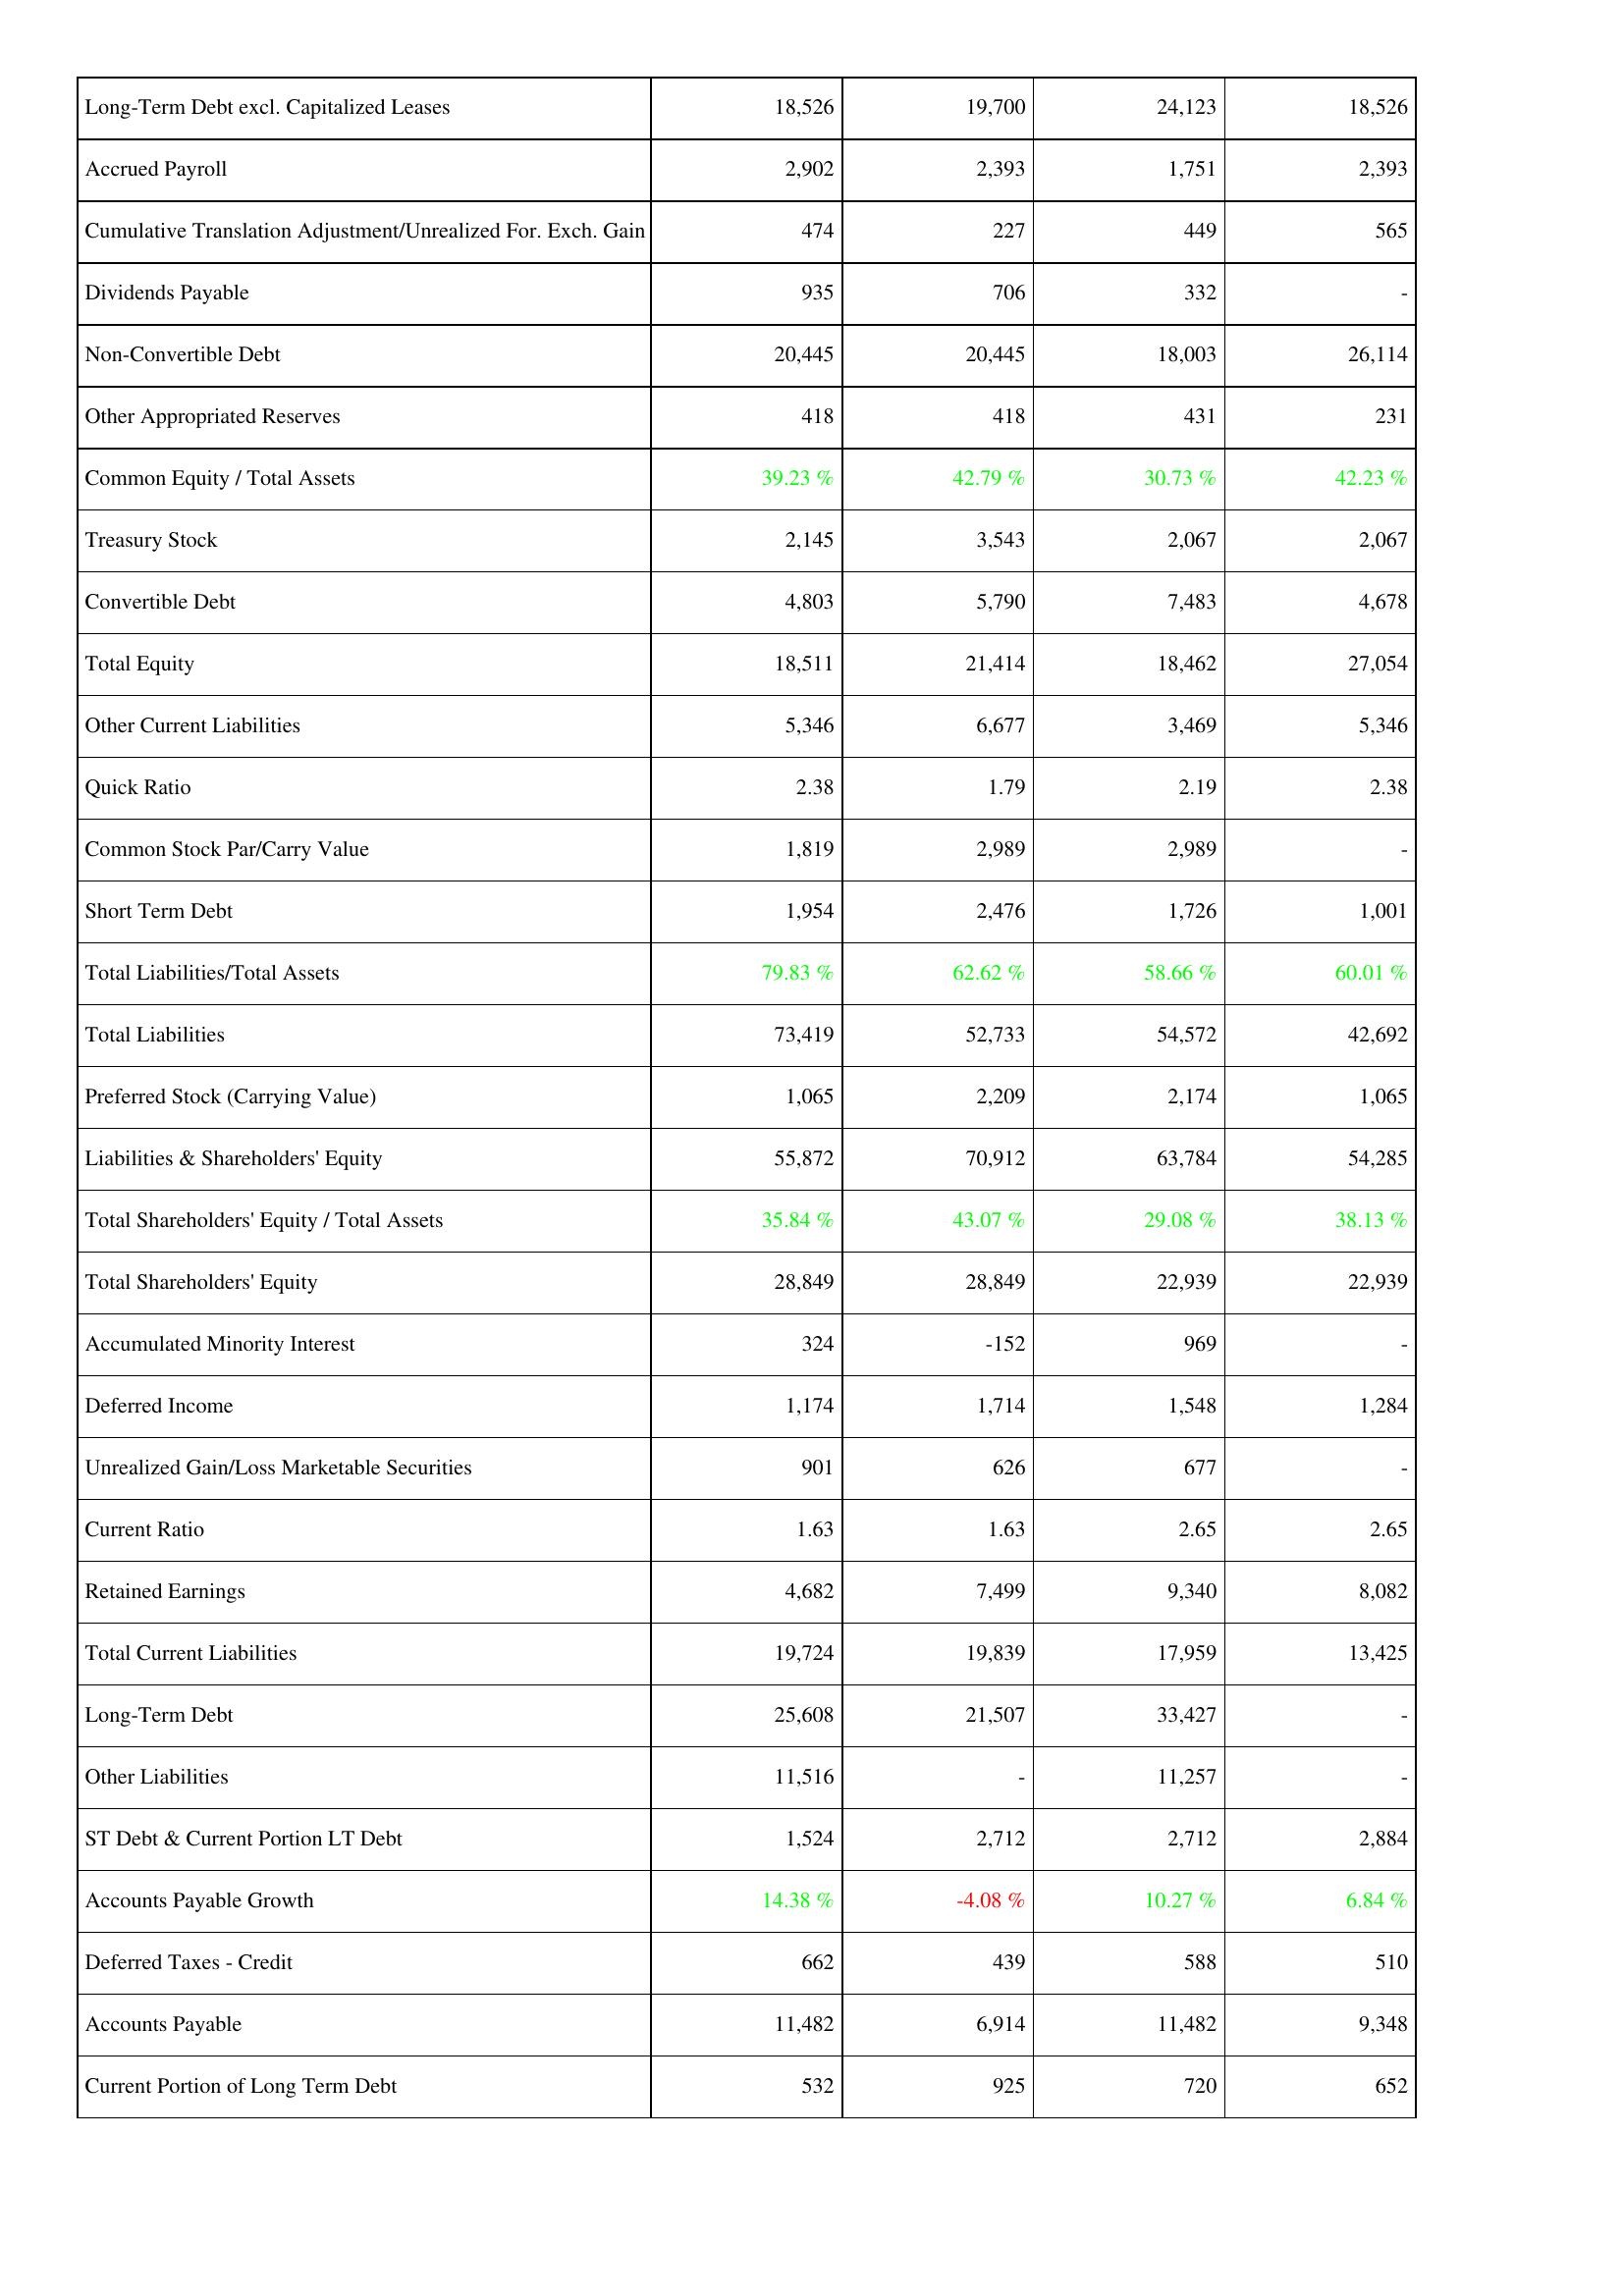
2005: Liabilities & Shareholders' Equity: Long-Term Debt excl. Capitalized Leases: 18,526
Accrued Payroll: 2,902
Cumulative Translation Adjustment/Unrealized For. Exch. Gain: 474
Dividends Payable: 935
Non-Convertible Debt: 20,445
Other Appropriated Reserves: 418
Common Equity / Total Assets: 39.23 %
Treasury Stock: 2,145
Convertible Debt: 4,803
Total Equity: 18,511
Other Current Liabilities: 5,346
Quick Ratio: 2.38
Common Stock Par/Carry Value: 1,819
Short Term Debt: 1,954
Total Liabilities/Total Assets: 79.83 %
Total Liabilities: 73,419
Preferred Stock (Carrying Value): 1,065
Liabilities & Shareholders' Equity: 55,872
Total Shareholders' Equity / Total Assets: 35.84 %
Total Shareholders' Equity: 28,849
Accumulated Minority Interest: 324
Deferred Income: 1,174
Unrealized Gain/Loss Marketable Securities: 901
Current Ratio: 1.63
Retained Earnings: 4,682
Total Current Liabilities: 19,724
Long-Term Debt: 25,608
Other Liabilities: 11,516
ST Debt & Current Portion LT Debt: 1,524
Accounts Payable Growth: 14.38 %
Deferred Taxes - Credit: 662
Accounts Payable: 11,482
Current Portion of Long Term Debt: 532
2006: Liabilities & Shareholders' Equity: Long-Term Debt excl. Capitalized Leases: 19,700
Accrued Payroll: 2,393
Cumulative Translation Adjustment/Unrealized For. Exch. Gain: 227
Dividends Payable: 706
Non-Convertible Debt: 20,445
Other Appropriated Reserves: 418
Common Equity / Total Assets: 42.79 %
Treasury Stock: 3,543
Convertible Debt: 5,790
Total Equity: 21,414
Other Current Liabilities: 6,677
Quick Ratio: 1.79
Common Stock Par/Carry Value: 2,989
Short Term Debt: 2,476
Total Liabilities/Total Assets: 62.62 %
Total Liabilities: 52,733
Preferred Stock (Carrying Value): 2,209
Liabilities & Shareholders' Equity: 70,912
Total Shareholders' Equity / Total Assets: 43.07 %
Total Shareholders' Equity: 28,849
Accumulated Minority Interest: -152
Deferred Income: 1,714
Unrealized Gain/Loss Marketable Securities: 626
Current Ratio: 1.63
Retained Earnings: 7,499
Total Current Liabilities: 19,839
Long-Term Debt: 21,507
Other Liabilities: -
ST Debt & Current Portion LT Debt: 2,712
Accounts Payable Growth: -4.08 %
Deferred Taxes - Credit: 439
Accounts Payable: 6,914
Current Portion of Long Term Debt: 925
2007: Liabilities & Shareholders' Equity: Long-Term Debt excl. Capitalized Leases: 24,123
Accrued Payroll: 1,751
Cumulative Translation Adjustment/Unrealized For. Exch. Gain: 449
Dividends Payable: 332
Non-Convertible Debt: 18,003
Other Appropriated Reserves: 431
Common Equity / Total Assets: 30.73 %
Treasury Stock: 2,067
Convertible Debt: 7,483
Total Equity: 18,462
Other Current Liabilities: 3,469
Quick Ratio: 2.19
Common Stock Par/Carry Value: 2,989
Short Term Debt: 1,726
Total Liabilities/Total Assets: 58.66 %
Total Liabilities: 54,572
Preferred Stock (Carrying Value): 2,174
Liabilities & Shareholders' Equity: 63,784
Total Shareholders' Equity / Total Assets: 29.08 %
Total Shareholders' Equity: 22,939
Accumulated Minority Interest: 969
Deferred Income: 1,548
Unrealized Gain/Loss Marketable Securities: 677
Current Ratio: 2.65
Retained Earnings: 9,340
Total Current Liabilities: 17,959
Long-Term Debt: 33,427
Other Liabilities: 11,257
ST Debt & Current Portion LT Debt: 2,712
Accounts Payable Growth: 10.27 %
Deferred Taxes - Credit: 588
Accounts Payable: 11,482
Current Portion of Long Term Debt: 720
2008: Liabilities & Shareholders' Equity: Long-Term Debt excl. Capitalized Leases: 18,526
Accrued Payroll: 2,393
Cumulative Translation Adjustment/Unrealized For. Exch. Gain: 565
Dividends Payable: -
Non-Convertible Debt: 26,114
Other Appropriated Reserves: 231
Common Equity / Total Assets: 42.23 %
Treasury Stock: 2,067
Convertible Debt: 4,678
Total Equity: 27,054
Other Current Liabilities: 5,346
Quick Ratio: 2.38
Common Stock Par/Carry Value: -
Short Term Debt: 1,001
Total Liabilities/Total Assets: 60.01 %
Total Liabilities: 42,692
Preferred Stock (Carrying Value): 1,065
Liabilities & Shareholders' Equity: 54,285
Total Shareholders' Equity / Total Assets: 38.13 %
Total Shareholders' Equity: 22,939
Accumulated Minority Interest: -
Deferred Income: 1,284
Unrealized Gain/Loss Marketable Securities: -
Current Ratio: 2.65
Retained Earnings: 8,082
Total Current Liabilities: 13,425
Long-Term Debt: -
Other Liabilities: -
ST Debt & Current Portion LT Debt: 2,884
Accounts Payable Growth: 6.84 %
Deferred Taxes - Credit: 510
Accounts Payable: 9,348
Current Portion of Long Term Debt: 652